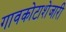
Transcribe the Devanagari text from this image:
गावकोटाशेजारी